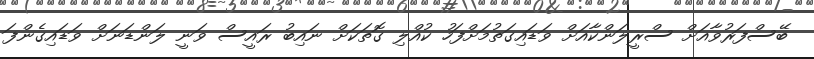
ބޭސްފަރުވާއަށް ސްރީލަންކާއަށް ވަޑައިގަތުމަށްފަހު ކުއްލި ގޮތަކަށް ނައިބު ރައީސް ވަނީ ލަންޑަނަށް ވަޑައިގެންފަ